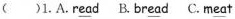
( )1.A.R \underline{ea} d B.Br \underline{ea} d C.M \underline{ea} t